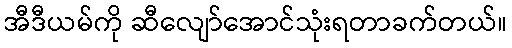
အီဒီယမ်ကို ဆီလျော်အောင်သုံးရတာခက်တယ်။